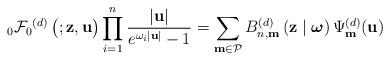
LaTeX: \begin{align*}{_{0}\mathcal{F}_0}^{(d)}\left( \begin{matrix} \\ \end{matrix};\mathbf{z},\mathbf{u}\right)\prod_{i=1}^{n} \frac{|\mathbf{u}|}{e^{\omega _{i}|\mathbf{u}|}-1} = \sum_{\mathbf{m} \in \mathcal{P}} B_{n, \mathbf{m}}^{(d)}\left(\mathbf{z}\mid {\boldsymbol{\omega}} \right) \Psi _{\mathbf{m}}^{(d)}(\mathbf{u})\end{align*}